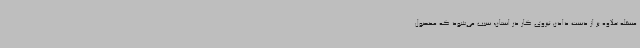
مسئله علاوه بر از دست دادن نیروی کار در استان، سبب می‌شود که محصول